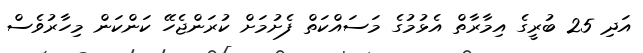
އަދި 25 ބުރީގެ އިމާރާތް އެޅުމުގެ މަސައްކަތް ފެށުމަށް ކުރަންޖެހޭ ކަންކަން މިހާރުވެސް